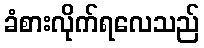
ခံစားလိုက်ရလေသည်